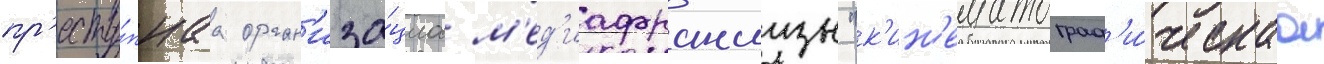
пр'есту́пнаа орган'иза́циа м'ед'иафраншизы "к'ин'ематограф'и́ческаа